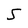
Character: S